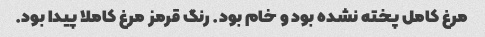
مرغ کامل پخته نشده بود و خام بود. رنگ قرمز مرغ کاملا پیدا بود.